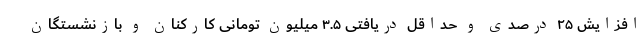
افزایش ۲۵ درصدی و حداقل دریافتی ۳.۵ میلیون تومانی کارکنان و بازنشستگان